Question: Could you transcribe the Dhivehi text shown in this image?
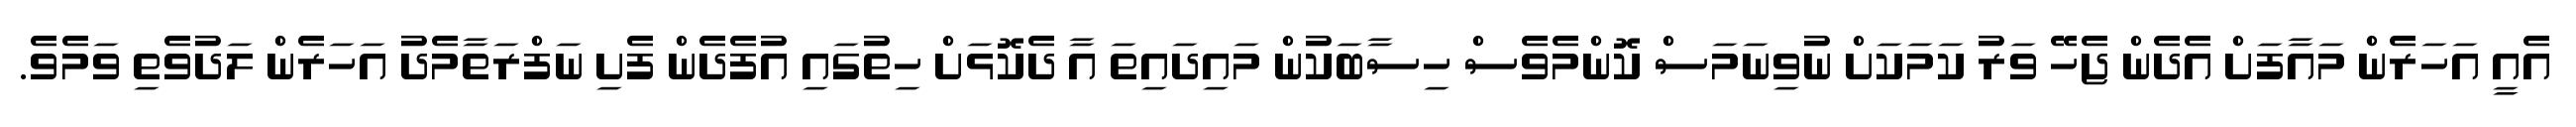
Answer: އެއީ އަހަރެން މައާފަށް އެދެން ޖެހޭ ވަރު ކަމަކަށް ނުވިނަމަސް ކޮންމެވެސް ހިސާބަކުން މައިދައިތަ އާ ދެކޮޅަށް ހިތުގައި އުފެދެން ފެށި ނަފްރަތާމެދު އަހަރެން ލަދުވެތި ވަމެވެ.